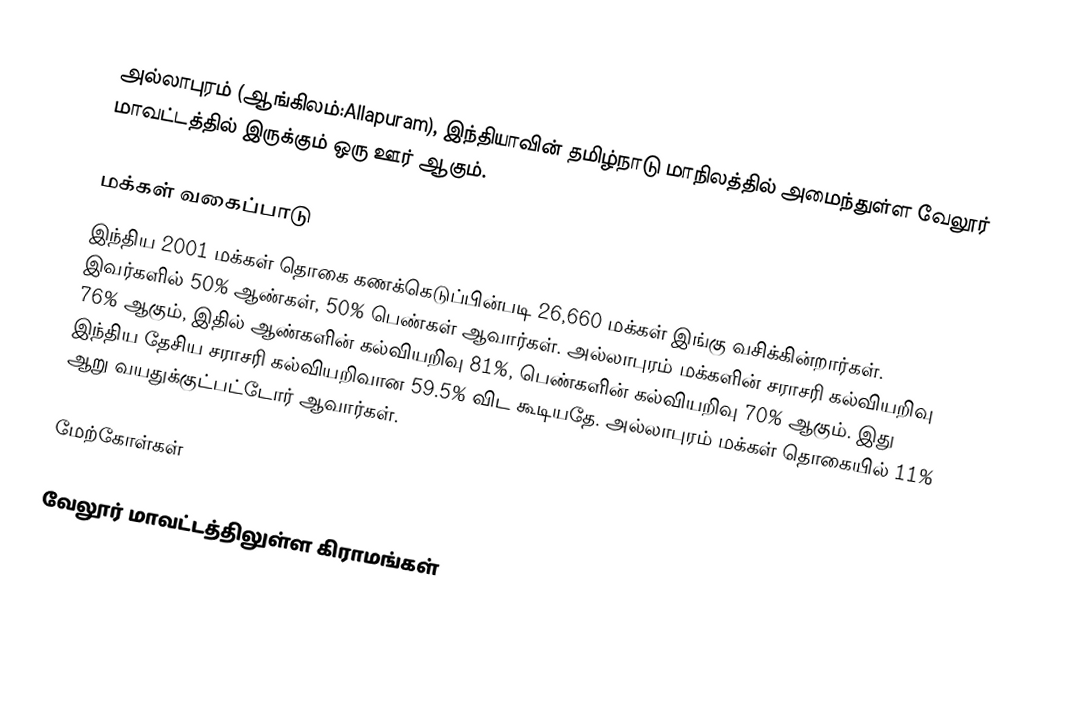
அல்லாபுரம் (ஆங்கிலம்:Allapuram), இந்தியாவின் தமிழ்நாடு மாநிலத்தில் அமைந்துள்ள வேலூர் மாவட்டத்தில் இருக்கும் ஒரு ஊர் ஆகும்.

மக்கள் வகைப்பாடு
இந்திய 2001 மக்கள் தொகை கணக்கெடுப்பின்படி 26,660 மக்கள் இங்கு வசிக்கின்றார்கள். இவர்களில் 50% ஆண்கள், 50% பெண்கள் ஆவார்கள். அல்லாபுரம் மக்களின் சராசரி கல்வியறிவு 76% ஆகும், இதில் ஆண்களின் கல்வியறிவு 81%,  பெண்களின் கல்வியறிவு 70% ஆகும். இது இந்திய தேசிய சராசரி கல்வியறிவான 59.5% விட கூடியதே. அல்லாபுரம் மக்கள் தொகையில் 11% ஆறு வயதுக்குட்பட்டோர் ஆவார்கள்.

மேற்கோள்கள்

வேலூர் மாவட்டத்திலுள்ள கிராமங்கள்